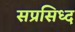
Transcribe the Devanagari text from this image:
सप्रसिध्द